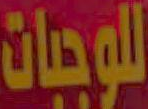
للوجبات